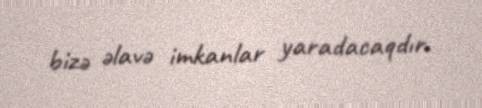
bizə əlavə imkanlar yaradacaqdır.